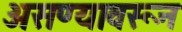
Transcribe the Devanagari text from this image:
असण्यावरून